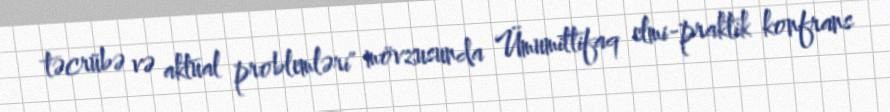
təcrübə və aktual problemləri" mövzusunda Ümumittifaq elmi-praktik konfrans